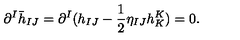
\partial ^ { I } \bar { h } _ { I J } = \partial ^ { I } ( h _ { I J } - \frac { 1 } { 2 } \eta _ { I J } h _ { K } ^ { K } ) = 0 .